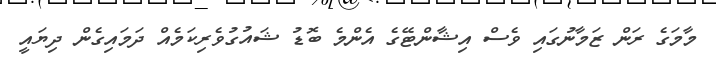
މާމަގެ ރަން ޒަމާނުގައި ވެސް އިޝާންޓޭގެ އެންމެ ބޮޑު ޝައުގުވެރިކަމެއް ދަމައިގެން ދިޔައީ